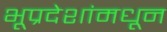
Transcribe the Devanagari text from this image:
भूप्रदेशांमधून